Report of the Municipal Commissioner on the plague in Bombay for the year ending 31st May... - Volume 1
Disease focus: Plague
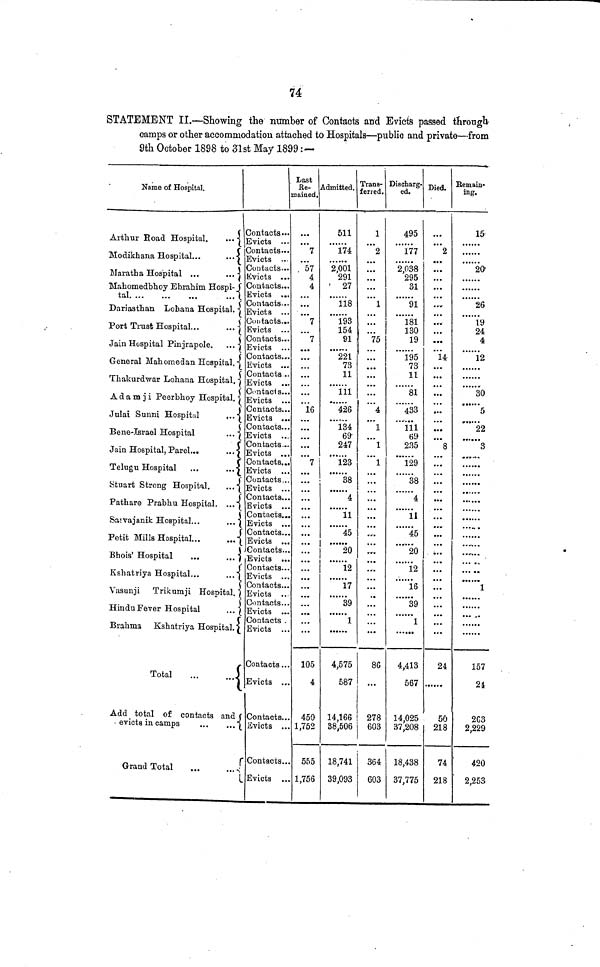
74
STATEMENT II.—Showing the number of Contacts and Evicts passed through
camps or other accommodation attached to Hospitals—public and private—from
9th October 1898 to 31 st May 1899 : —
Name of Hospital.
Arthur Road Hospital.
Modikhana Hospital...
*
Maratha Hospital ...
...
Mahomedbhoy Ebrahim Hospi-
Dariasthan Lohana Hospital.
Port Trust Hospital...
Jain Hospital Pinjrapole.
General Mahomedan Hospital.
Thakurdwar Lohana Hospital.
A d a m j i Peerbhoy Hospital,
Julai Sunni Hospital
Bene-Israel Hospital
Jain Hospital, Parel...
Telugu
Hospital
Stuart Strong Hospital
Pathare Prabhu
Hospital.
Saivajanik Hospital...
Petit Mills Hospital...
Bhois' Hospital
Kshatriya
Hospital.
Vasunji Trikumji Hospital.
Hindu Fever Hospital
Brahma Kshatriya Hospital.|
Total
Add total of contacts and
evicts in camps
Grand Total
...
.
13
Contacts... Evicts
Contacts...
Evicts ••
Dontacts.
Evicts ...
Contacts...
Evicts
Contacts...
Evicts ...
Contacts...
Evicts ...
Contacts...
Evicts
Contacts...
Evicts ...
Contacts ..
Evicts ...
Contacts...
Evicts
Contacts...
Evicts ...
Contacts...
Evicts ...
Contacts...
Evicts
Contacts...
Evicts . .
Contacts...
Evicts
Contacts...
Evicts
Contacts...
Evicts
Contacts...
Evicts
Contacts...
Evicts ...
Contacts...
Evicts
Contacts...
Evicts ...
Contacts...
Evicts ...
Contacts .
Evicts
Contacts ..
Evicts ..
Contacts..
Evicts ..
" Contacts..
. Evicts ..
Last
ße- i
nained.
...
7
57
4
4
...
7
7
...
...
16
• • •
7
...
...
...
...
...
...
...
...
...
105
4
450
1,752
555
1,756
Admitted.
511
174
2,001
291
27
118
193
154
91 |
221
73
11
111
426
134
69
247
123
38
4
11
45
l
12
17
39
1
4,575
587
14,166
38,506
18,741
39,093
Trans-
ferred.
1
2
...
1
75
...
...
4
1
1
...
...
...
...
...
• •••
...
...
...
86
! 278
i 603
!
364
603
Discharg-
ed.
495
177
2,038
295
31
91
181
130
19
195
73
11
81
433
111
69
235
129
38
4
11
45
20
12
16
39
1
4,413
567
14,025
37,208
18,438
37,775
Died.
...
2
...
...
...
14
...
...
8
...
...
...
...
...
...
...
...
...
...
24
50
218
74
218
Kemain-
ing.
15
20
26
19
24
4
12
30
5
22
3
1
157
21
263
2,229
420
2,253